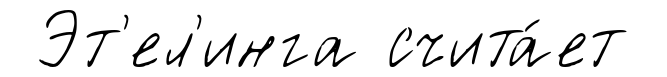
Эт'ел'инга счита́ет